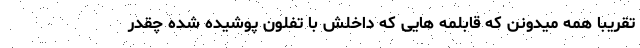
تقریبا همه میدونن که قابلمه هایی که داخلش با تفلون پوشیده شده چقدر